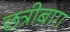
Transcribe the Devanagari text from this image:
छत्रीबाग